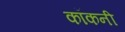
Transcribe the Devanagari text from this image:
कॉकनी